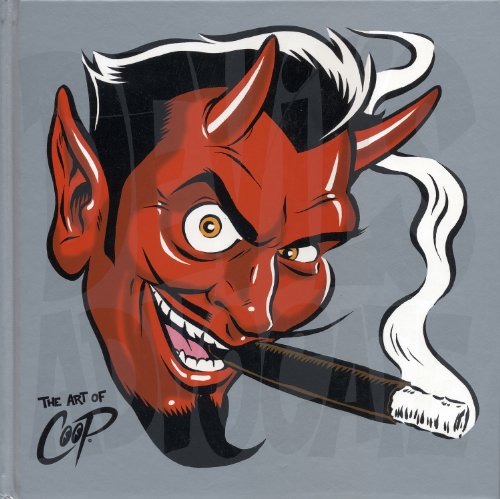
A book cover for Devil's Advocate: The Art of Coop; Chris Cooper; Comics & Graphic Novels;